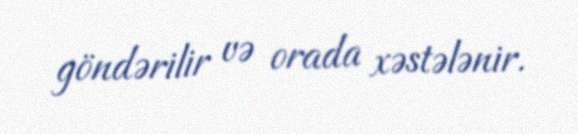
göndərilir və orada xəstələnir.